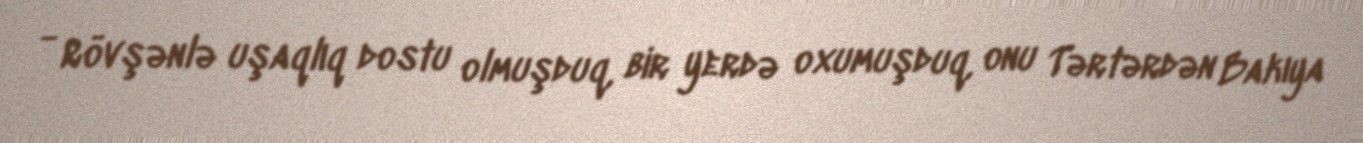
- Rövşənlə uşaqlıq dostu olmuşduq, bir yerdə oxumuşduq, onu Tərtərdən Bakıya